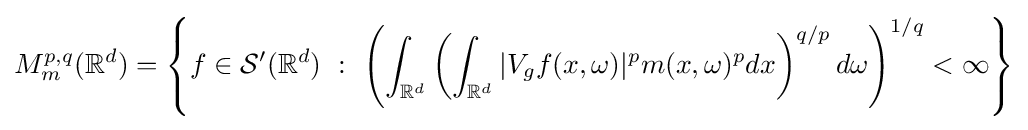
M_{m}^{p,q}(\mathbb {R} ^{d})=\left\{f\in {\mathcal {S}}'(\mathbb {R} ^{d})\ :\ \left(\int _{\mathbb {R} ^{d}}\left(\int _{\mathbb {R} ^{d}}|V_{g}f(x,\omega )|^{p}m(x,\omega )^{p}dx\right)^{q/p}d\omega \right)^{1/q}<\infty \right\}